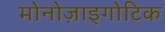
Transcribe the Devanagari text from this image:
मोनोज़ाइगोटिक